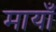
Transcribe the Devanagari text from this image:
मायाँ